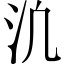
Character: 𪵬